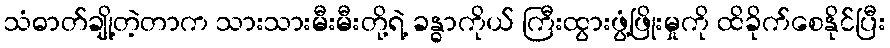
သံဓာတ်ချို့တဲ့တာက သားသားမီးမီးတို့ရဲ့ ခန္ဓာကိုယ် ကြီးထွားဖွံ့ဖြိုးမှုကို ထိခိုက်စေနိုင်ပြီး